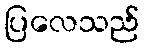
ပြလေသည်